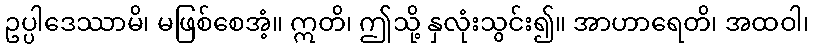
ဥပ္ပါဒေဿာမိ၊ မဖြစ်စေအံ့။ ဣတိ၊ ဤသို့ နှလုံးသွင်း၍။ အာဟာရေတိ၊ အထဝါ၊